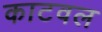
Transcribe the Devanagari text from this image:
काटवल